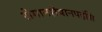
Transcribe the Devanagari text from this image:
रोगानशेषानपहंसि